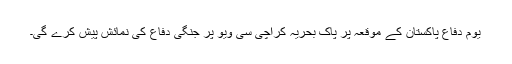
یوم دفاع پاکستان کے موقعہ پر پاک بحریہ کراچی سی ویو پر جنگی دفاع کی نمائش پیش کرے گی۔